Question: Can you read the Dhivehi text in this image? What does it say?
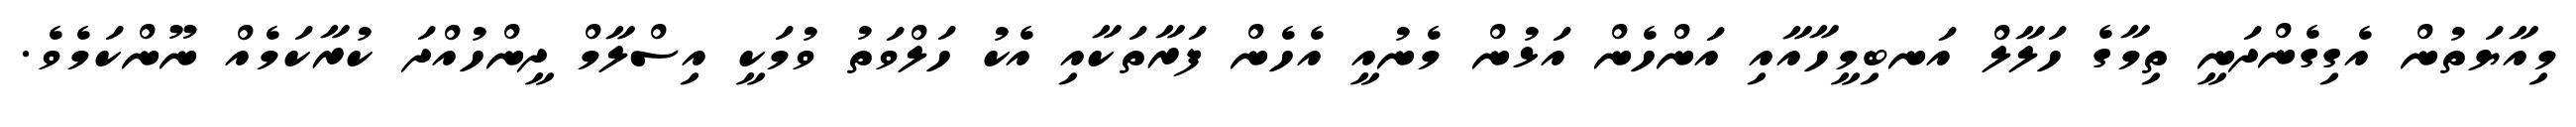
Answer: މިއާޔަތުން އެގިގެންދަނީ ތިމާގެ ހަލާލް އަނބިމީހާއާއި އަންހެން އަޅުން މެނުއީ އެހެން ފަރާތަކާއި އެކު ހަލްވަތު ވުމަކީ އިސްލާމް ދީންހުއްދަ ކުރާކަމެއް ނޫންކަމެވެ.